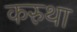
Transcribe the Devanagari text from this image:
करुथा